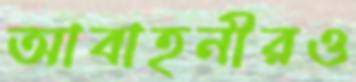
আবাহনীরও